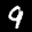
Label: 9